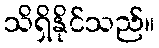
သိရှိနိုင်သည်။